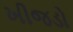
ખીજડો